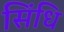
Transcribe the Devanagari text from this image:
सिंधि